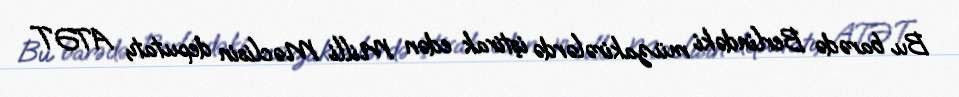
Bu barədə Berlindəki müzakirələrdə iştirak edən Milli Məclisin deputatı, ATƏT